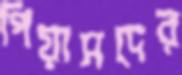
পিয়াসদের